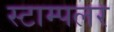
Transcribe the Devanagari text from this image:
स्टाम्पलर